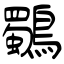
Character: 鸀